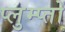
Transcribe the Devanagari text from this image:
प्लुम्प्तों